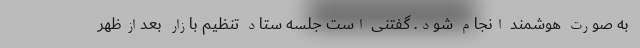
به صورت هوشمند انجام شود. گفتنی است جلسه ستاد تنظیم بازار بعدازظهر